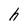
Character: h